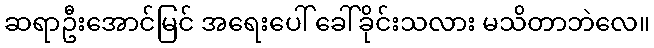
ဆရာဦးအောင်မြင် အရေးပေါ် ခေါ်ခိုင်းသလား မသိတာဘဲလေ။